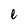
Character: e